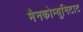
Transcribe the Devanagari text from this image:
मैनकोम्युनिटाट